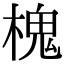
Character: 槐